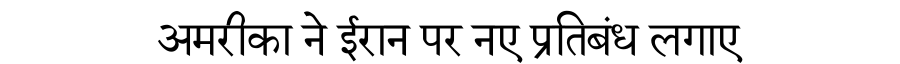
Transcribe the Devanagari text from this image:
अमरीका ने ईरान पर नए प्रतिबंध लगाए